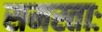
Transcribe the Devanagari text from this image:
समस्ताः